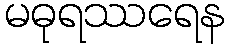
မဓုရဿရေန